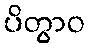
ပိတွာဝ